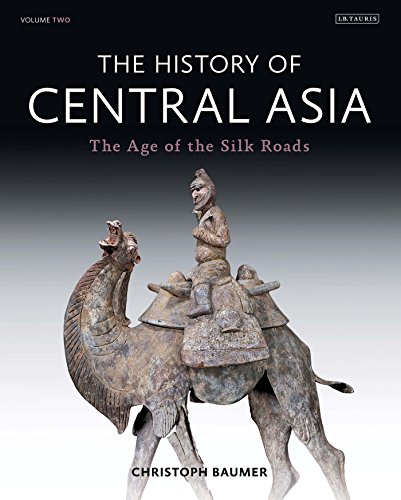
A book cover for The History of Central Asia: The Age of the Silk Roads (Volume 2); Christoph Baumer; Biographies & Memoirs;